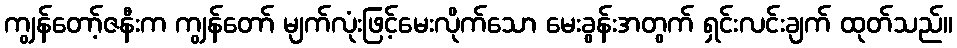
ကျွန်တော့်ဇနီးက ကျွန်တော် မျက်လုံးဖြင့်မေးလိုက်သော မေးခွန်းအတွက် ရှင်းလင်းချက် ထုတ်သည်။